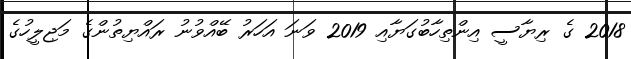
2018 ގެ ރިޔާސީ އިންތިހާބުގަޔާއި 2019 ވަނަ އަހަރު ބޭއްވުނު ރައްޔިތުންގެ މަޖިލީހުގެ